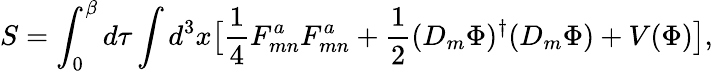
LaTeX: S=\int_{0}^{\beta}d\tau\int d^{3}x\bigl[{\frac{1}{4}}F_{mn}^{a}F_{mn}^{a}+{\frac{1}{2}}(D_{m}\Phi)^{\dagger}(D_{m}\Phi)+V(\Phi)\bigr],